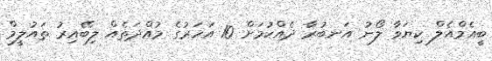
ބީއެމްއެލް ކިޔަވާ ލޯނު އަނބުރާ ދެއްކުމަށް 10 އަހަރުގެ މުއްދަތެއް ލިބޭއިރު ތައުލީމް